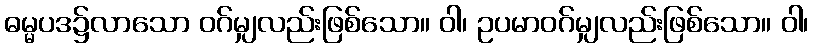
ဓမ္မပဒ၌လာသော ဝဂ်မျှလည်းဖြစ်သော။ ဝါ၊ ဥပမာဝဂ်မျှလည်းဖြစ်သော။ ဝါ၊